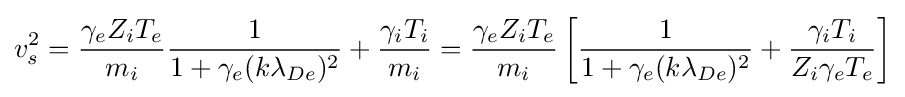
v_{s}^{2}={\gamma _{e}Z_{i}T_{e} \over m_{i}}{1 \over 1+\gamma _{e}(k\lambda _{De})^{2}}+{\gamma _{i}T_{i} \over m_{i}}={\gamma _{e}Z_{i}T_{e} \over m_{i}}\left[{1 \over 1+\gamma _{e}(k\lambda _{De})^{2}}+{\gamma _{i}T_{i} \over Z_{i}\gamma _{e}T_{e}}\right]